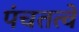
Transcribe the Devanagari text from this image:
पंचतत्वे